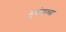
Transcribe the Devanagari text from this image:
भुकंपाच्या